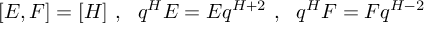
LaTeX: [ E , F ] = [ H ] \ , \ \ q ^ { H } E = E q ^ { H + 2 } \ , \ \ q ^ { H } F = F q ^ { H - 2 }